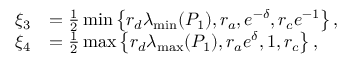
\begin{array} { r l } { \xi _ { 3 } } & { = \frac { 1 } { 2 } \operatorname* { m i n } \left\{ { r _ { d } } \lambda _ { \mathrm { m i n } } ( P _ { 1 } ) , { r _ { a } } , { { e ^ { - { \delta } } } } , { r _ { c } } { { e ^ { - { 1 } } } } \right\} , } \\ { \xi _ { 4 } } & { = \frac { 1 } { 2 } \operatorname* { m a x } \left\{ { r _ { d } } \lambda _ { \mathrm { m a x } } ( P _ { 1 } ) , { r _ { a } } { { e ^ { { \delta } } } } , 1 , { r _ { c } } \right\} , } \end{array}